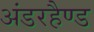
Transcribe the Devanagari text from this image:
अंडरहैण्ड